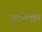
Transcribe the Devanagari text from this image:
दुर्गावशेष